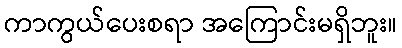
ကာကွယ်ပေးစရာ အကြောင်းမရှိဘူး။